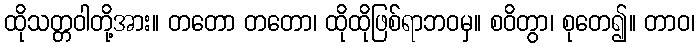
ထိုသတ္တဝါတို့အား။ တတော တတော၊ ထိုထိုဖြစ်ရာဘဝမှ။ စဝိတွာ၊ စုတေ၍။ တာဝ၊